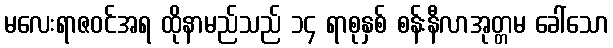
မလေးရာဇဝင်အရ ထိုနာမည်သည် ၁၄ ရာစုနှစ် စန်းနီလာအုတ္တမ ခေါ်သော